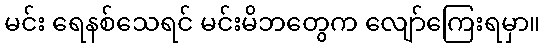
မင်း ရေနစ်သေရင် မင်းမိဘတွေက လျော်ကြေးရမှာ။